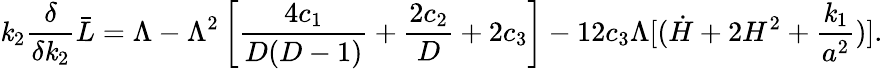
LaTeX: \mathit{k}_{2}{\frac{{\delta}}{{\delta\mathit{k}_{2}}}}\bar{{L}}=\Lambda-\Lambda^{2}\left[{\frac{{4c_{1}}}{{D(D-1)}}}+{\frac{{2c_{2}}}{{D}}}+2c_{3}\right]-12c_{3}\Lambda[(\dot{{H}}+2H^{2}+{\frac{{\mathit{k}_{1}}}{{a^{2}}}})].